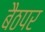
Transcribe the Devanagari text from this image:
बैठपर